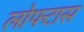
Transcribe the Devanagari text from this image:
लोफ्टास